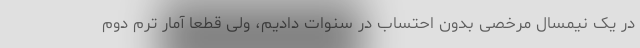
در یک نیمسال مرخصی بدون احتساب در سنوات دادیم، ولی قطعا آمار ترم دوم